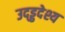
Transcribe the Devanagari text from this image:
उद्ड्ढदेश्य